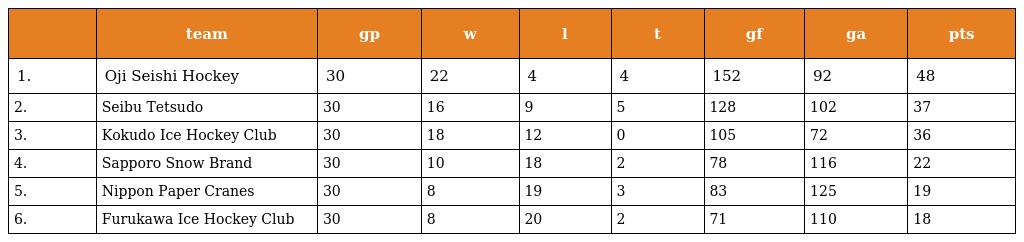
|  | team | gp | w | l | t | gf | ga | pts |
 | --- | --- | --- | --- | --- | --- | --- | --- | --- |
 | 1. | Oji Seishi Hockey | 30 | 22 | 4 | 4 | 152 | 92 | 48 |
 | 2. | Seibu Tetsudo | 30 | 16 | 9 | 5 | 128 | 102 | 37 |
 | 3. | Kokudo Ice Hockey Club | 30 | 18 | 12 | 0 | 105 | 72 | 36 |
 | 4. | Sapporo Snow Brand | 30 | 10 | 18 | 2 | 78 | 116 | 22 |
 | 5. | Nippon Paper Cranes | 30 | 8 | 19 | 3 | 83 | 125 | 19 |
 | 6. | Furukawa Ice Hockey Club | 30 | 8 | 20 | 2 | 71 | 110 | 18 |